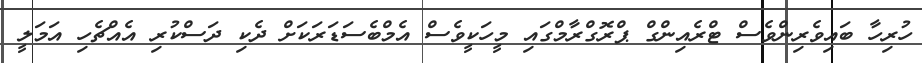
ހުރިހާ ބައިވެރިންވެސް ޓްރެއިންގް ޕްރޮގްރާމްގައި މީހަކީވެސް އެމްބެސަޑަރަކަށް ދެކި ދަސްކުރި އެއްޗެހި އަމަލީ